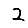
Digit: 2